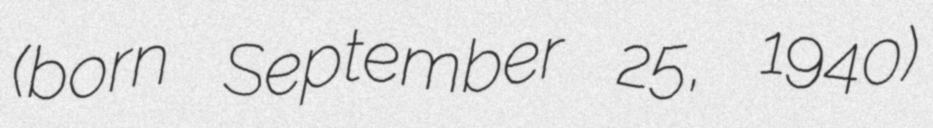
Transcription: (born September 25, 1940)